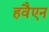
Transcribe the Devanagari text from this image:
हवैएन